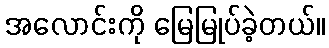
အလောင်းကို မြေမြုပ်ခဲ့တယ်။